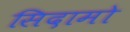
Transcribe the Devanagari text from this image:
सिदामो